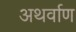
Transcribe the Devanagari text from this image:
अथर्वाण